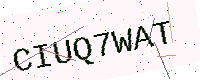
Text: CIUQ7WAT